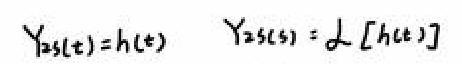
$Y_{25(t)} = h(t) \quad Y_{25(s)}=\mathcal{L}[h(t)]$